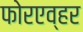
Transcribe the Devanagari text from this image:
फोरएव्हर